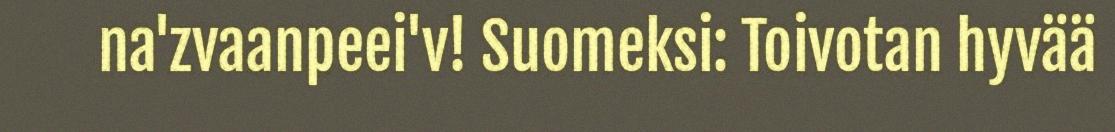
na'zvaanpeei'v! Suomeksi: Toivotan hyvää